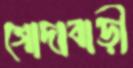
গোদাবাড়ী